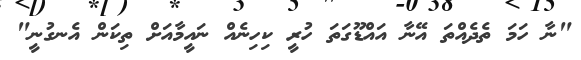
"ނާ ހަމަ ތެދެއްތަ އޭނާ އައްޑޫގަތަ ހުރީ ކިހިނެއް ނައީމާއަށް ތިކަން އެނގުނީ"